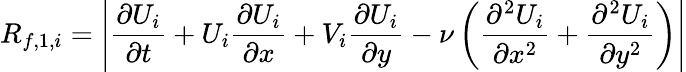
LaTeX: R_{f,1,i}=\left|\frac{\partial U_{i}}{\partial t}+U_{i}\frac{\partial U_{i}}{\partial x}+V_{i}\frac{\partial U_{i}}{\partial y}-\nu\left(\frac{\partial^{2}U_{i}}{\partial x^{2}}+\frac{\partial^{2}U_{i}}{\partial y^{2}}\right)\right|